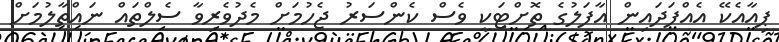
ޕިއާއެކޭ އެއްފަދައިން އާފަލުގެ ތޮށްޓަކީ ވެސް ކެންސަރު ޖެހުމަށް މެދުވެރިވާ ސެލްތައް ނައްތާލުމަށް